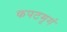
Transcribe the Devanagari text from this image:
कपटमृगं